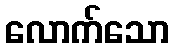
လောက်သော